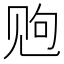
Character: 𫌩